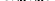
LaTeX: \smash{u_{r_{1}r_{2}}^{\alpha}}